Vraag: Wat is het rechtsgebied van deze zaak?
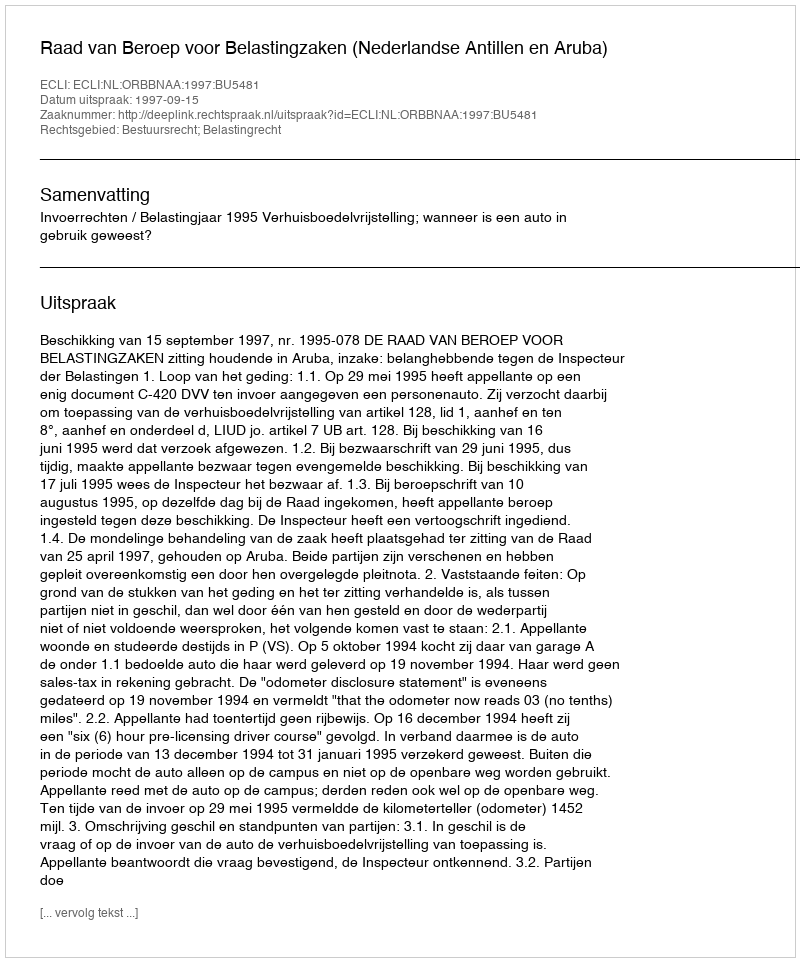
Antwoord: Bestuursrecht; Belastingrecht